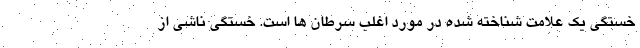
خستگی یک علامت شناخته شده در مورد اغلب سرطان ها است. خستگی ناشی از